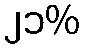
၂၁%